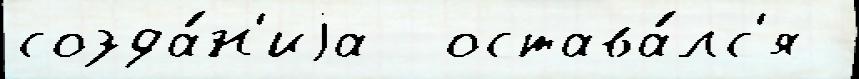
созда́н'иjа  остава́лс'я